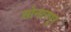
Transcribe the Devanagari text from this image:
सोनारपूर